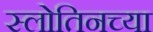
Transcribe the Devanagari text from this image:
स्लोतिनच्या